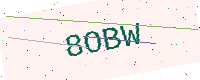
Text: 8OBW